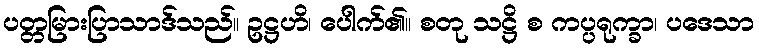
ပတ္တမြားပြာသာဒ်သည်။ ဥဋ္ဌဟိ၊ ပေါက်၏။ စတု သဋ္ဌိ စ ကပ္ပရုက္ခာ၊ ပဒေသာ